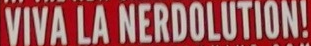
VIVA LA NERDOLOTION!